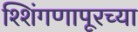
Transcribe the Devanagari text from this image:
श्शिंगणापूरच्या